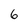
Character: 6